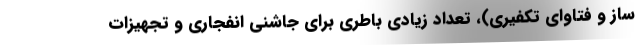
ساز و فتاوای تکفیری)، تعداد زیادی باطری برای جاشنی انفجاری و تجهیزات